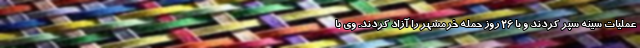
عملیات سینه سپر کردند و با ۲۶ روز حمله خرمشهر را آزاد کردند. وی با